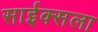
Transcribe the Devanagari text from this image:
साईक्सला